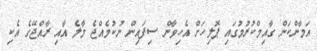
އަމާންކަން ގާއިމްކުރުމުގައި ޕޮލިހަށް އެހިވާން ސިފައިން ނުކުމެއްޖެ މާލެ އާއި ރާއްޖޭގެ އެކި